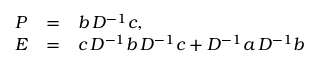
\begin{array} { l l l } { { { \cal P } } } & { { = } } & { { b \, D ^ { - 1 } c , } } \\ { { { \cal E } } } & { { = } } & { { c \, D ^ { - 1 } b \, D ^ { - 1 } c + D ^ { - 1 } a \, D ^ { - 1 } b } } \end{array}